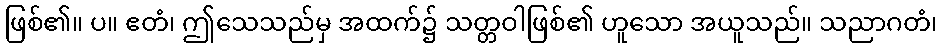
ဖြစ်၏။ ပ။ ဧတံ၊ ဤသေသည်မှ အထက်၌ သတ္တဝါဖြစ်၏ ဟူသော အယူသည်။ သညာဂတံ၊